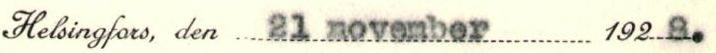
Helsingfors, den 21 november 1928.